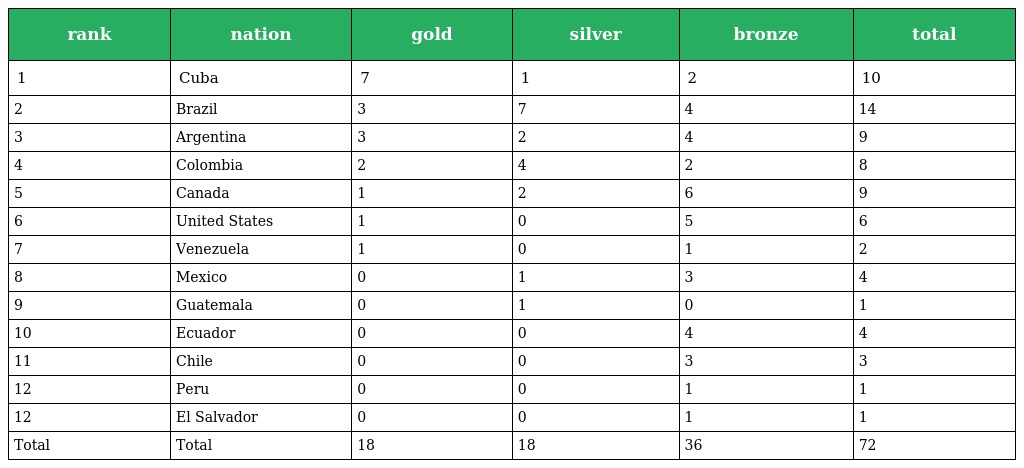
| rank | nation | gold | silver | bronze | total |
 | --- | --- | --- | --- | --- | --- |
 | 1 | Cuba | 7 | 1 | 2 | 10 |
 | 2 | Brazil | 3 | 7 | 4 | 14 |
 | 3 | Argentina | 3 | 2 | 4 | 9 |
 | 4 | Colombia | 2 | 4 | 2 | 8 |
 | 5 | Canada | 1 | 2 | 6 | 9 |
 | 6 | United States | 1 | 0 | 5 | 6 |
 | 7 | Venezuela | 1 | 0 | 1 | 2 |
 | 8 | Mexico | 0 | 1 | 3 | 4 |
 | 9 | Guatemala | 0 | 1 | 0 | 1 |
 | 10 | Ecuador | 0 | 0 | 4 | 4 |
 | 11 | Chile | 0 | 0 | 3 | 3 |
 | 12 | Peru | 0 | 0 | 1 | 1 |
 | 12 | El Salvador | 0 | 0 | 1 | 1 |
 | Total | Total | 18 | 18 | 36 | 72 |